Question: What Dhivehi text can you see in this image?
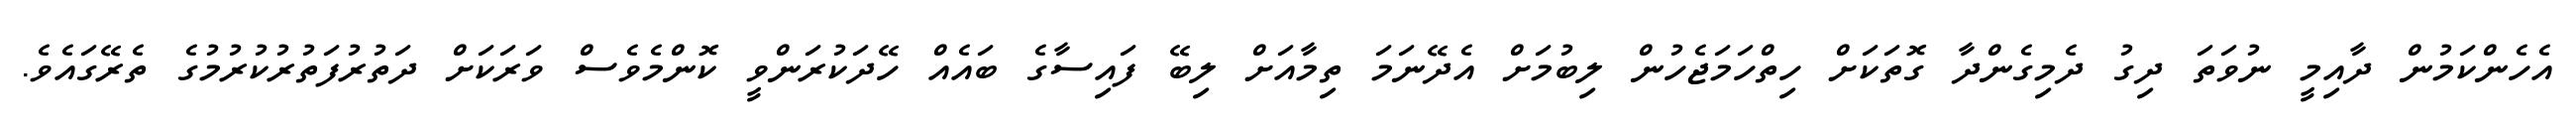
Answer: އެހެންކަމުން ދާއިމީ ނުވަތަ ދިގު ދެމިގެންދާ ގޮތަކަށް ހިތްހަމަޖެހުން ލިބުމަށް އެދޭނަމަ ތިމާއަށް ލިބޭ ފައިސާގެ ބައެއް ހޭދަކުރަންވީ ކޮންމެވެސް ވަރަކަށް ދަތުރުފަތުރުކުރުމުގެ ތެރޭގައެވެ.